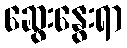
ဆွေးနွေးရာ